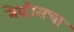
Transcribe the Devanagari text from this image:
नेव्हीसचा